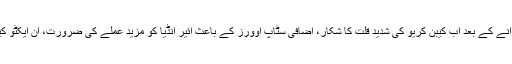
ائیر انڈیا کروڑوں کا نقصان کروانے کے بعد اب کیبن کریو کی شدید قلت کا شکار، اضافی سٹاپ اوورز کے باعث ائیر انڈیا کو مزید عملے کی ضرورت، ان ایکٹو کیبن کریو کو بھی طلب کر لیا گیا۔